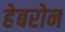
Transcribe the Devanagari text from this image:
हेबरोन